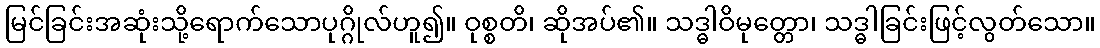
မြင်ခြင်းအဆုံးသို့ရောက်သောပုဂ္ဂိုလ်ဟူ၍။ ဝုစ္စတိ၊ ဆိုအပ်၏။ သဒ္ဓါဝိမုတ္တော၊ သဒ္ဓါခြင်းဖြင့်လွတ်သော။